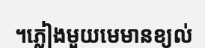
។ភ្លៀងមួយមេមានខ្យល់